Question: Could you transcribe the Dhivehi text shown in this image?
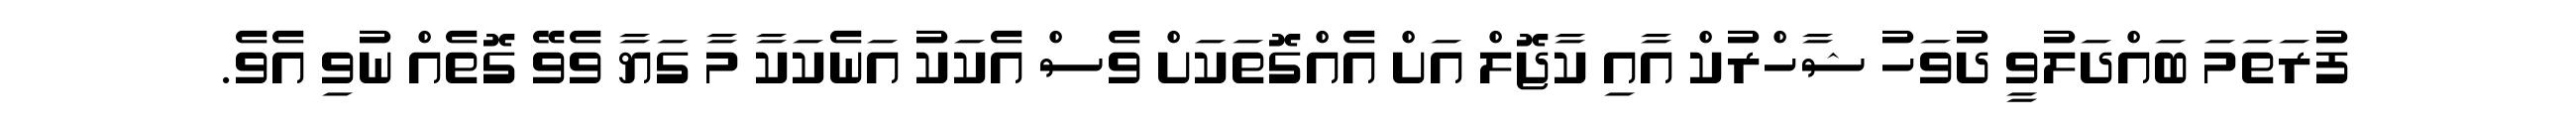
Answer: ފުރަތަމަ ބައްދަލުވީ ދުވަހު ޝާހްރުކް އާއި ކާޖޮލް އަށް އެއްގޮތަކަށް ވެސް އެކަކު އަނެކަކާ މާ ގަޔާ ވެވޭ ގޮތެއް ނުވި އެވެ.